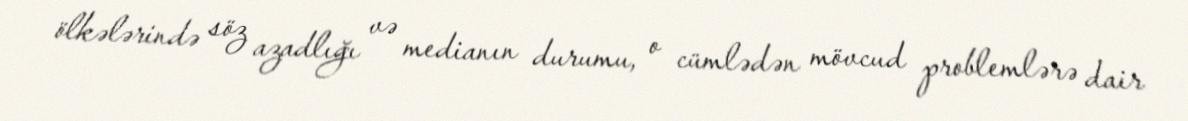
ölkələrində söz azadlığı və medianın durumu, o cümlədən mövcud problemlərə dair